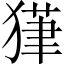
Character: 𱮔